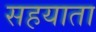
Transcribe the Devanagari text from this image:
सहयाता